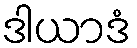
ဒါယာဒံ